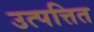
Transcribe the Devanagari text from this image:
उत्पत्तित